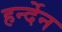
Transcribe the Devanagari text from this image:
हर्न्देन